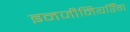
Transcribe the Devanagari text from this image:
इनजीनियरिँग